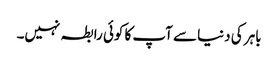
باہر کی دنیا سے آپ کا کوئی رابطہ نہیں۔